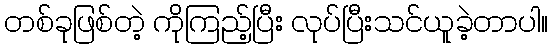
တစ်ခုဖြစ်တဲ့ ကိုကြည့်ပြီး လုပ်ပြီးသင်ယူခဲ့တာပါ။